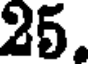
25.